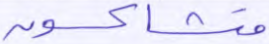
متشاكسون